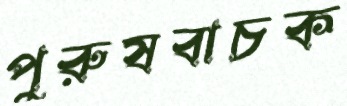
পুরুষবাচক